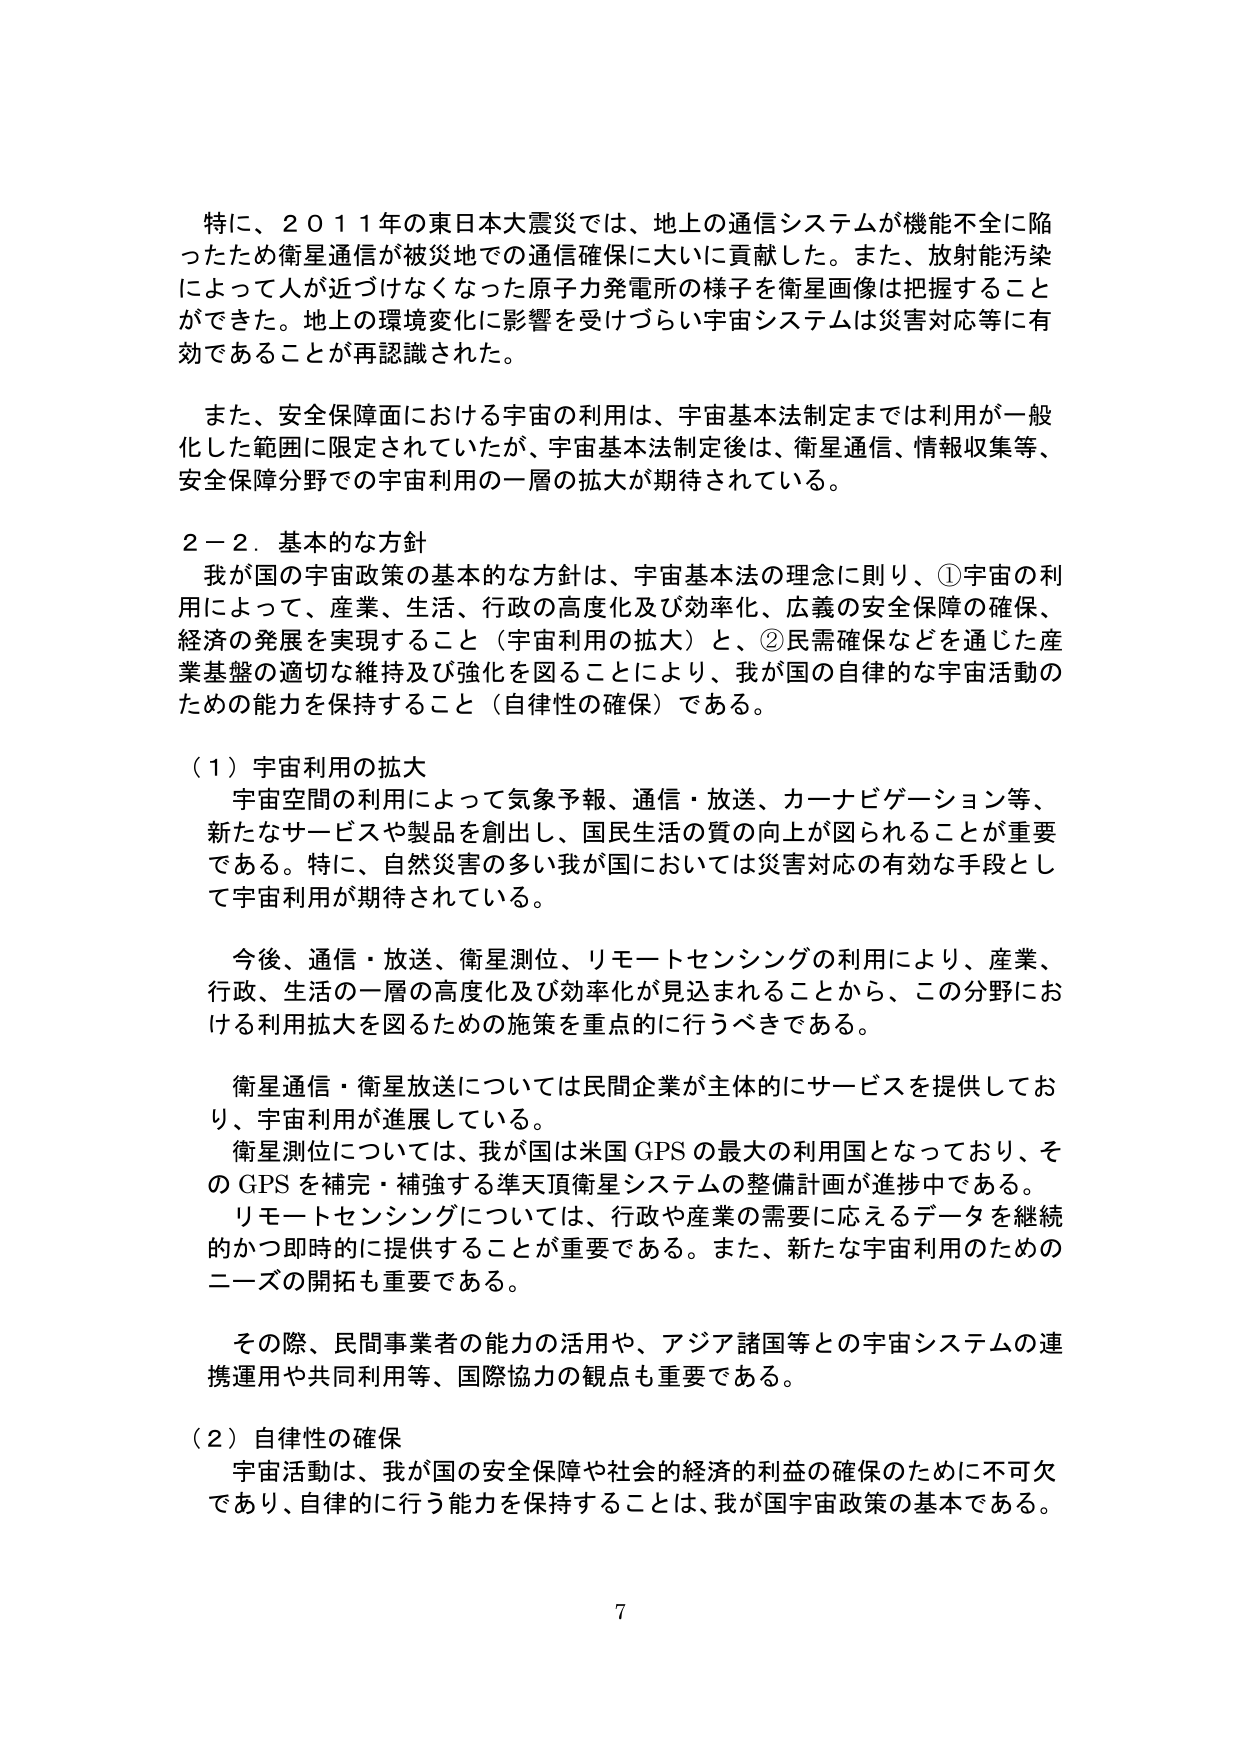
特に、２０１１年の東日本大震災では、地上の通信システムが機能不全に陥ったため衛星通信が被災地での通信確保に大いに貢献した。また、放射能汚染によって人が近づけなくなった原子力発電所の様子を衛星画像は把握することができた。地上の環境変化に影響を受けづらい宇宙システムは災害対応等に有効であることが再認識された。

また、安全保障面における宇宙の利用は、宇宙基本法制定までは利用が一般化した範囲に限定されていたが、宇宙基本法制定後は、衛星通信、情報収集等、安全保障分野での宇宙利用の一層の拡大が期待されている。

２－２．基本的な方針
我が国の宇宙政策の基本的な方針は、宇宙基本法の理念に則り、①宇宙の利用によって、産業、生活、行政の高度化及び効率化、広義の安全保障の確保、経済の発展を実現すること（宇宙利用の拡大）と、②民需確保などを通じた産業基盤の適切な維持及び強化を図ることにより、我が国の自律的な宇宙活動のための能力を保持すること（自律性の確保）である。

（１）宇宙利用の拡大
宇宙空間の利用によって気象予報、通信・放送、カーナビゲーション等、新たなサービスや製品を創出し、国民生活の質の向上が図られることが重要である。特に、自然災害の多い我が国においては災害対応の有効な手段として宇宙利用が期待されている。

今後、通信・放送、衛星測位、リモートセンシングの利用により、産業、行政、生活の一層の高度化及び効率化が見込まれることから、この分野における利用拡大を図るための施策を重点的に行うべきである。

衛星通信・衛星放送については民間企業が主体的にサービスを提供しており、宇宙利用が進展している。
衛星測位については、我が国は米国GPSの最大の利用国となっており、そのGPSを補完・補強する準天頂衛星システムの整備計画が進捗中である。
リモートセンシングについては、行政や産業の需要に応えるデータを継続的かつ即時に提供することが重要である。また、新たな宇宙利用のためのニーズの開拓も重要である。

その際、民間事業者の能力の活用や、アジア諸国等との宇宙システムの連携運用や共同利用等、国際協力の観点も重要である。

（２）自律性の確保
宇宙活動は、我が国の安全保障や社会的経済的利益の確保のために不可欠であり、自律的に行う能力を保持することは、我が国宇宙政策の基本である。

7